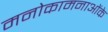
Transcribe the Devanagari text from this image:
मनोकामनाओंके